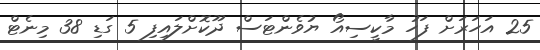
25 އަހަރަށް ފަހު މާކީސިއޯ ޔުވެންޓަސް ދޫކޮށްލައިފި 5 ގަޑި 38 މިނެޓް